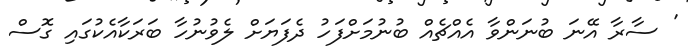
' ސާރާ އޭނަ ބުނަންވާ އެއްޗެއް ބުނުމަށްފަހު ދެފަޔަށް ލެވުނުހާ ބަރަކާއެކުގައި ގޮސް